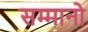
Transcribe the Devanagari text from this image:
सम्मानो